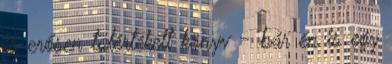
is erősen túlértékelt könyv - bár én is egy